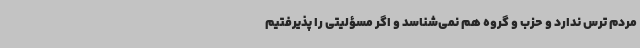
مردم ترس ندارد و حزب و گروه هم نمی‌شناسد و اگر مسؤلیتی را پذیرفتیم